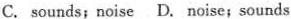
C. sounds;noise D. Noise;sounds